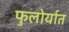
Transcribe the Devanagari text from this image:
फुलोर्यात